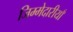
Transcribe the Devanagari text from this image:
जिम्मेदारीयाँ